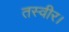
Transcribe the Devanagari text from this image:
तस्वीर।